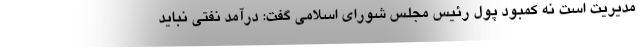
مدیریت است نه کمبود پول رئیس مجلس شورای اسلامی گفت: درآمد نفتی نباید